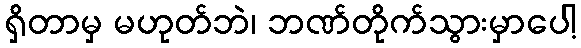
ရှိတာမှ မဟုတ်ဘဲ၊ ဘဏ်တိုက်သွားမှာပေါ့